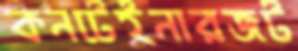
কনটেইনারজট